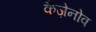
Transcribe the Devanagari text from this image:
कैज़ेनोव